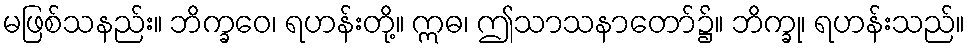
မဖြစ်သနည်း။ ဘိက္ခဝေ၊ ရဟန်းတို့။ ဣဓ၊ ဤသာသနာတော်၌။ ဘိက္ခု၊ ရဟန်းသည်။